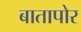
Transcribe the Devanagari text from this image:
बातापोर